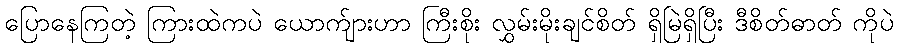
ပြောနေကြတဲ့ ကြားထဲကပဲ ယောက်ျားဟာ ကြီးစိုး လွှမ်းမိုးချင်စိတ် ရှိမြဲရှိပြီး ဒီစိတ်ဓာတ် ကိုပဲ